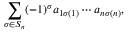
\sum _ { \sigma \in S _ { n } } ( - 1 ) ^ { \sigma } a _ { 1 \sigma ( 1 ) } \cdots a _ { n \sigma ( n ) } ,